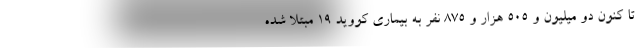
تا کنون دو میلیون و ۵۰۵ هزار و ۸۷۵ نفر به بیماری کووید ۱۹ مبتلا شده